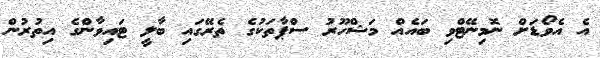
އެ އެވޯޑަށް ނޮމިނޭޓްވި ބައެއް މަޝްހޫރު ސްޕާތަކުގެ ތެރޭގައި ބާލީ ޓައިވާންގެ އިތުރުން